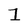
Character: 1